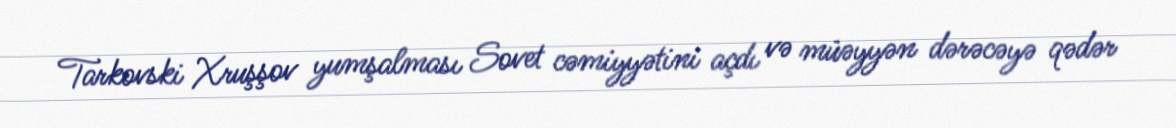
Tarkovski Xruşşov yumşalması Sovet cəmiyyətini açdı və müəyyən dərəcəyə qədər